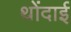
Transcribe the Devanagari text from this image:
थोंदाई